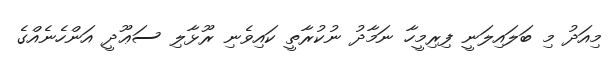
މިއަދު މި ބަލައިލަނީ ފިރިމީހާ ނަމާދު ނުކުރާތީ ކައިވެނި ރޫޅާލި ސަޢޫދީ އަންހެނެއްގެ